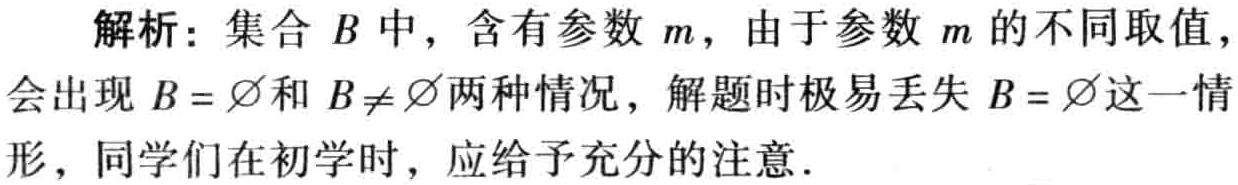
解析：集合\(B\)中，含有参数\(m\)，由于参数\(m\)的不同取值，会出现\(B = \varnothing\)和\(B\neq\varnothing\)两种情况，解题时极易丢失\(B = \varnothing\)这一情形，同学们在初学时，应给予充分的注意.